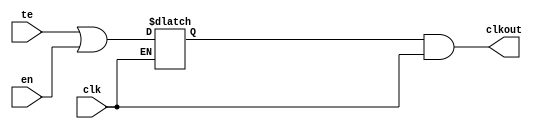
// This program was cloned from: https://github.com/chipsalliance/aib-phy-hardware
// License: Apache License 2.0

// SPDX-License-Identifier: Apache-2.0
// Copyright (C) 2022 HCL Technologies Ltd.
// Copyright (C) 2022 Blue Cheetah Analog Design, Inc.

module clk_gate_cel(
output clkout, // Clock gated
input  clk,    // Clock input
input  en,     // Clock enable
input  te      // Test enable
);

wire clk_en;
reg  latch;
assign clk_en = te | en;

always @(clk or clk_en)
  begin
    if(!clk)
      latch = clk_en;
  end

assign clkout = latch & clk;

endmodule // clk_gate_cel